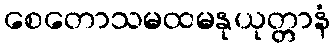
စေတောသမထမနုယုတ္တာနံ